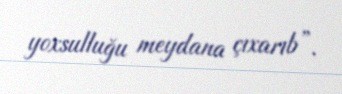
yoxsulluğu meydana çıxarıb”.